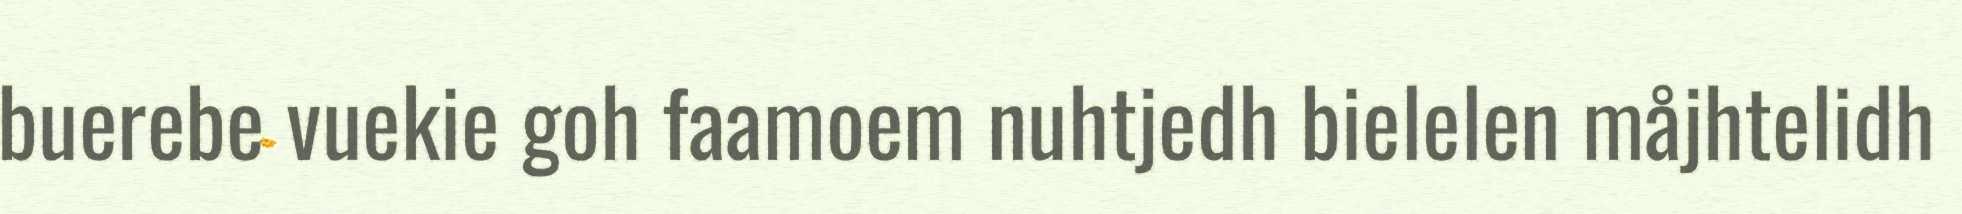
buerebe vuekie goh faamoem nuhtjedh bielelen måjhtelidh